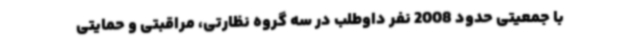
با جمعیتی حدود 2008 نفر داوطلب در سه گروه نظارتی، مراقبتی و حمایتی